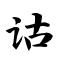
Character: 诂